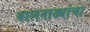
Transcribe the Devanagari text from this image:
बालनाट्यांचा